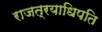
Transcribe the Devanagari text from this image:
राजत्रयाधिपति